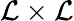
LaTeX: \mathcal{L}\times\mathcal{L}